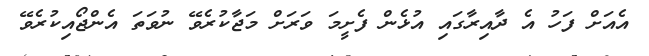
އެއަށް ފަހު އެ ދާއިރާގައި އުޅެން ފެށީމަ ވަރަށް މަޖާކުރެވޭ ނުވަތަ އެންޖޯއިކުރެވޭ